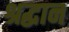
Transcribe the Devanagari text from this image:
श्रद्धान